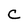
Character: C